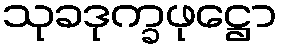
သုခဒုက္ခဖုဋ္ဌော